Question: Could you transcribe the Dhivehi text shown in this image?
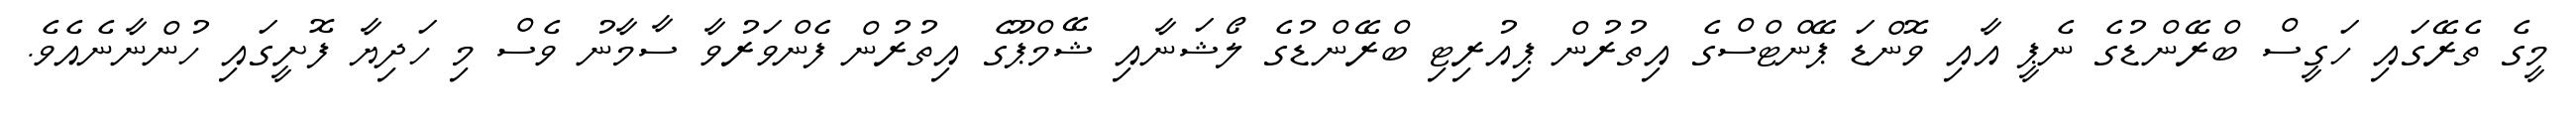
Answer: މީގެ ތެރޭގައި ހަގީސް ބްރޭންޑުގެ ނެޕީ އާއި ވޮންޑަ ޕޭންޓްސްގެ އިތުރުން ޕިއުރިޓި ބްރޭންޑުގެ ލޯޝަނާއި ޝޭމްޕޫގެ އިތުރުން ފެންވަރުވާ ސާމާނު ވެސް މި ހަދިޔާ ފޮށީގައި ހުންނާނެއެވެ.